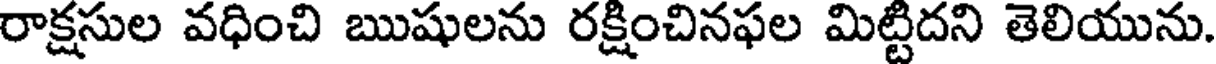
రాక్షసుల వధించి ఋషులను రక్షించినఫల మిట్టిదని తెలియును.